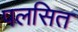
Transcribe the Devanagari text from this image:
पलसित